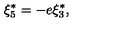
\xi _ { 5 } ^ { \ast } = - e \xi _ { 3 } ^ { \ast } ,